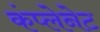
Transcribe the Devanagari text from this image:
कंप्लेनेट